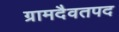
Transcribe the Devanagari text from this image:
ग्रामदैवतपद